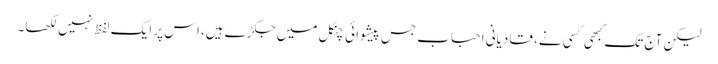
لیکن آج تک کبھی کسی نے، قادیانی احباب جس پیشوائی چنگل میں جکڑے ہیں، اس پر ایک لفظ نہیں لکھا۔